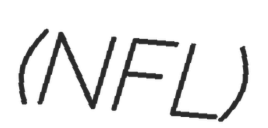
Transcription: (NFL)